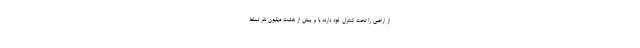
از اراضی را تحت کنترل خود دارند یا بر بیش از هشت میلیون نفر تسلط